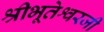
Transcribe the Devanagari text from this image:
श्रीभूतेश्वरजी